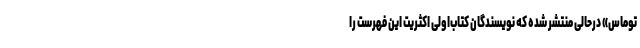
توماس» درحالی منتشر شده که نویسندگان کتاب‌اولی اکثریت این فهرست را